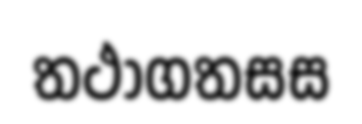
තථාගතසස